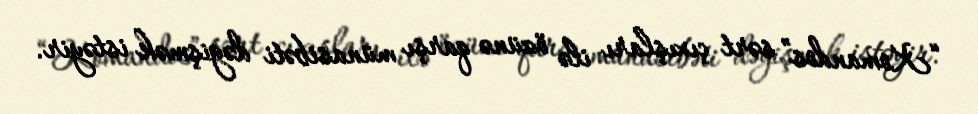
“Komandos” sərt çıxışları ilə özünə qarşı münasibəti dəyişmək istəyir.